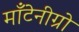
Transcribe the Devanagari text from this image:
माँटेनीग्रो